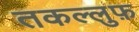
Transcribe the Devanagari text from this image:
तकल्लुफ़